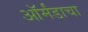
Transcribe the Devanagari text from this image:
ऑर्मंडाचा